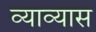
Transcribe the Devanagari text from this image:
व्याव्यास